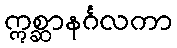
ဣစ္ဆာနင်္ဂလကာ